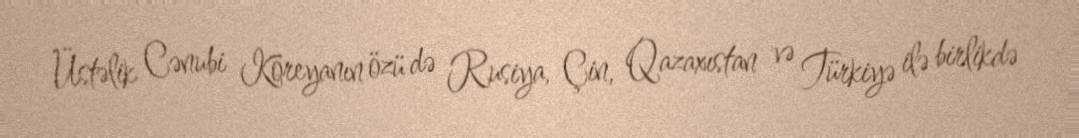
Üstəlik Cənubi Koreyanın özü də Rusiya, Çin, Qazaxıstan və Türkiyə ilə birlikdə